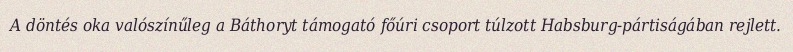
A döntés oka valószínűleg a Báthoryt támogató főúri csoport túlzott Habsburg-pártiságában rejlett.